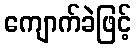
ကျောက်ခဲဖြင့်